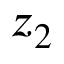
z _ { 2 }